Bréfritari: Guðný Jónsdóttir
Viðtakandi: Jón Borgfirðingur
Dagsetning: A-1896-05-28
Skrifað á: Sauðafelli  Dal.
Dóttir Jóns Borgfirðings

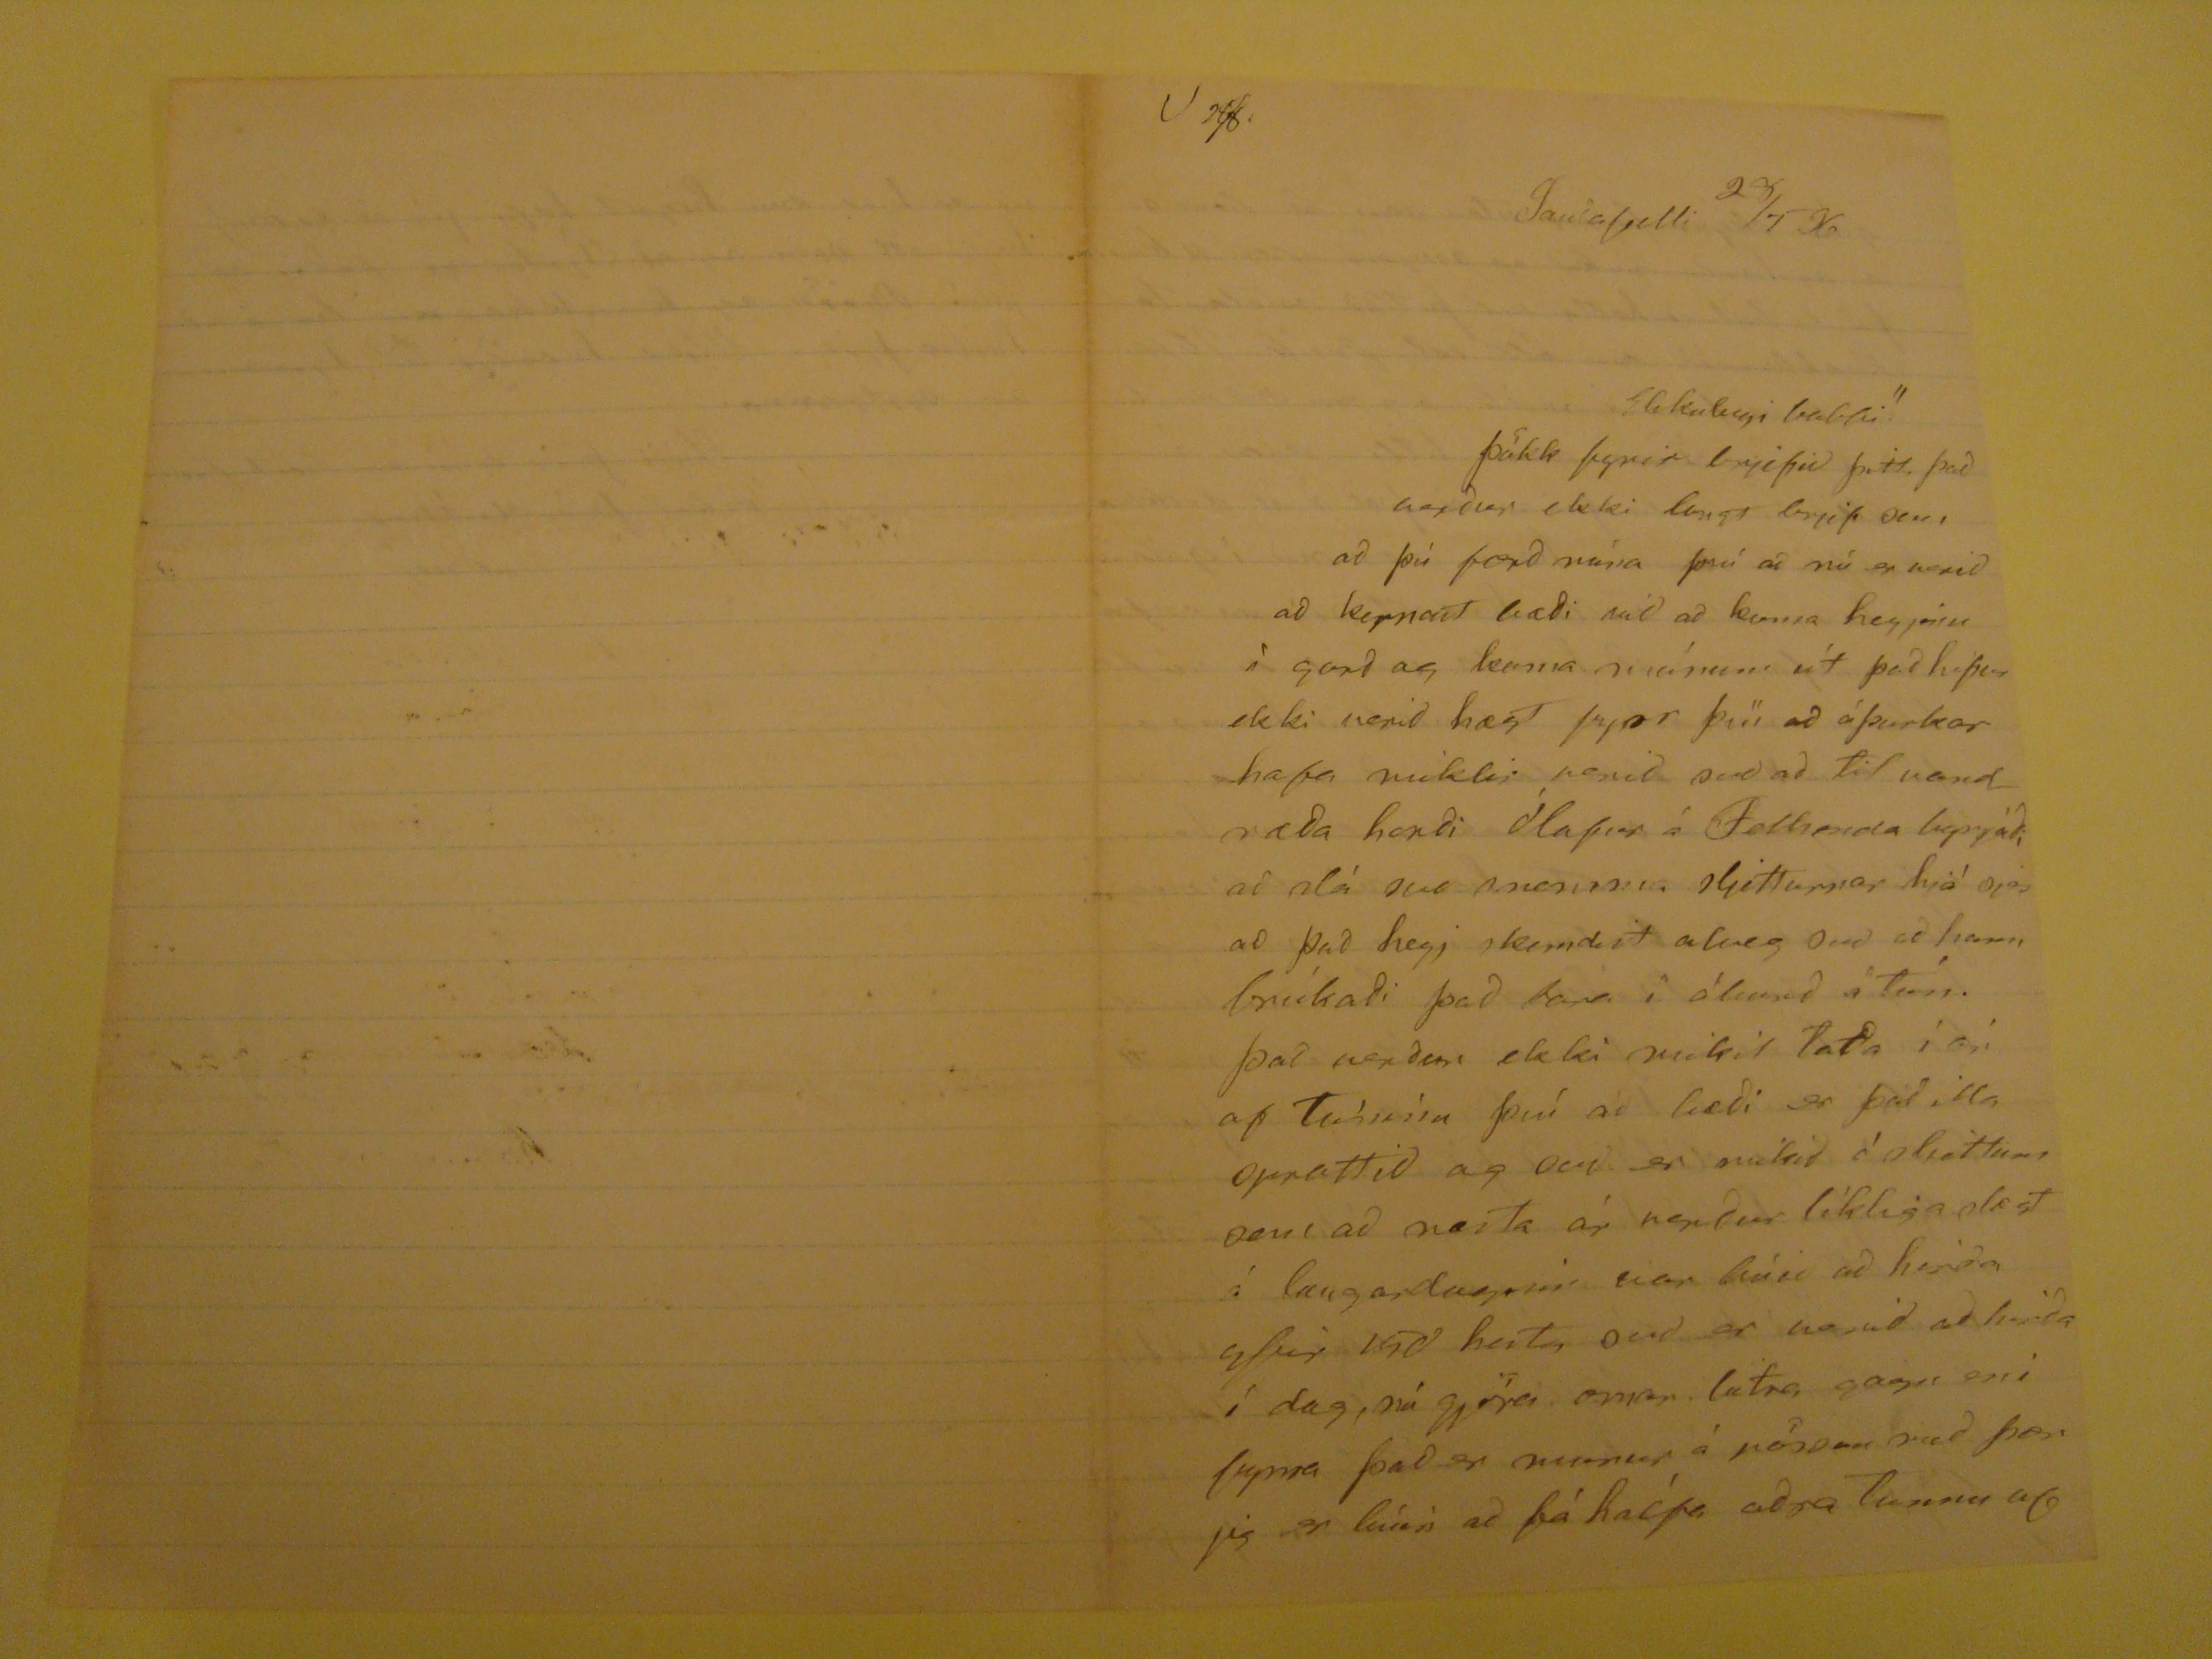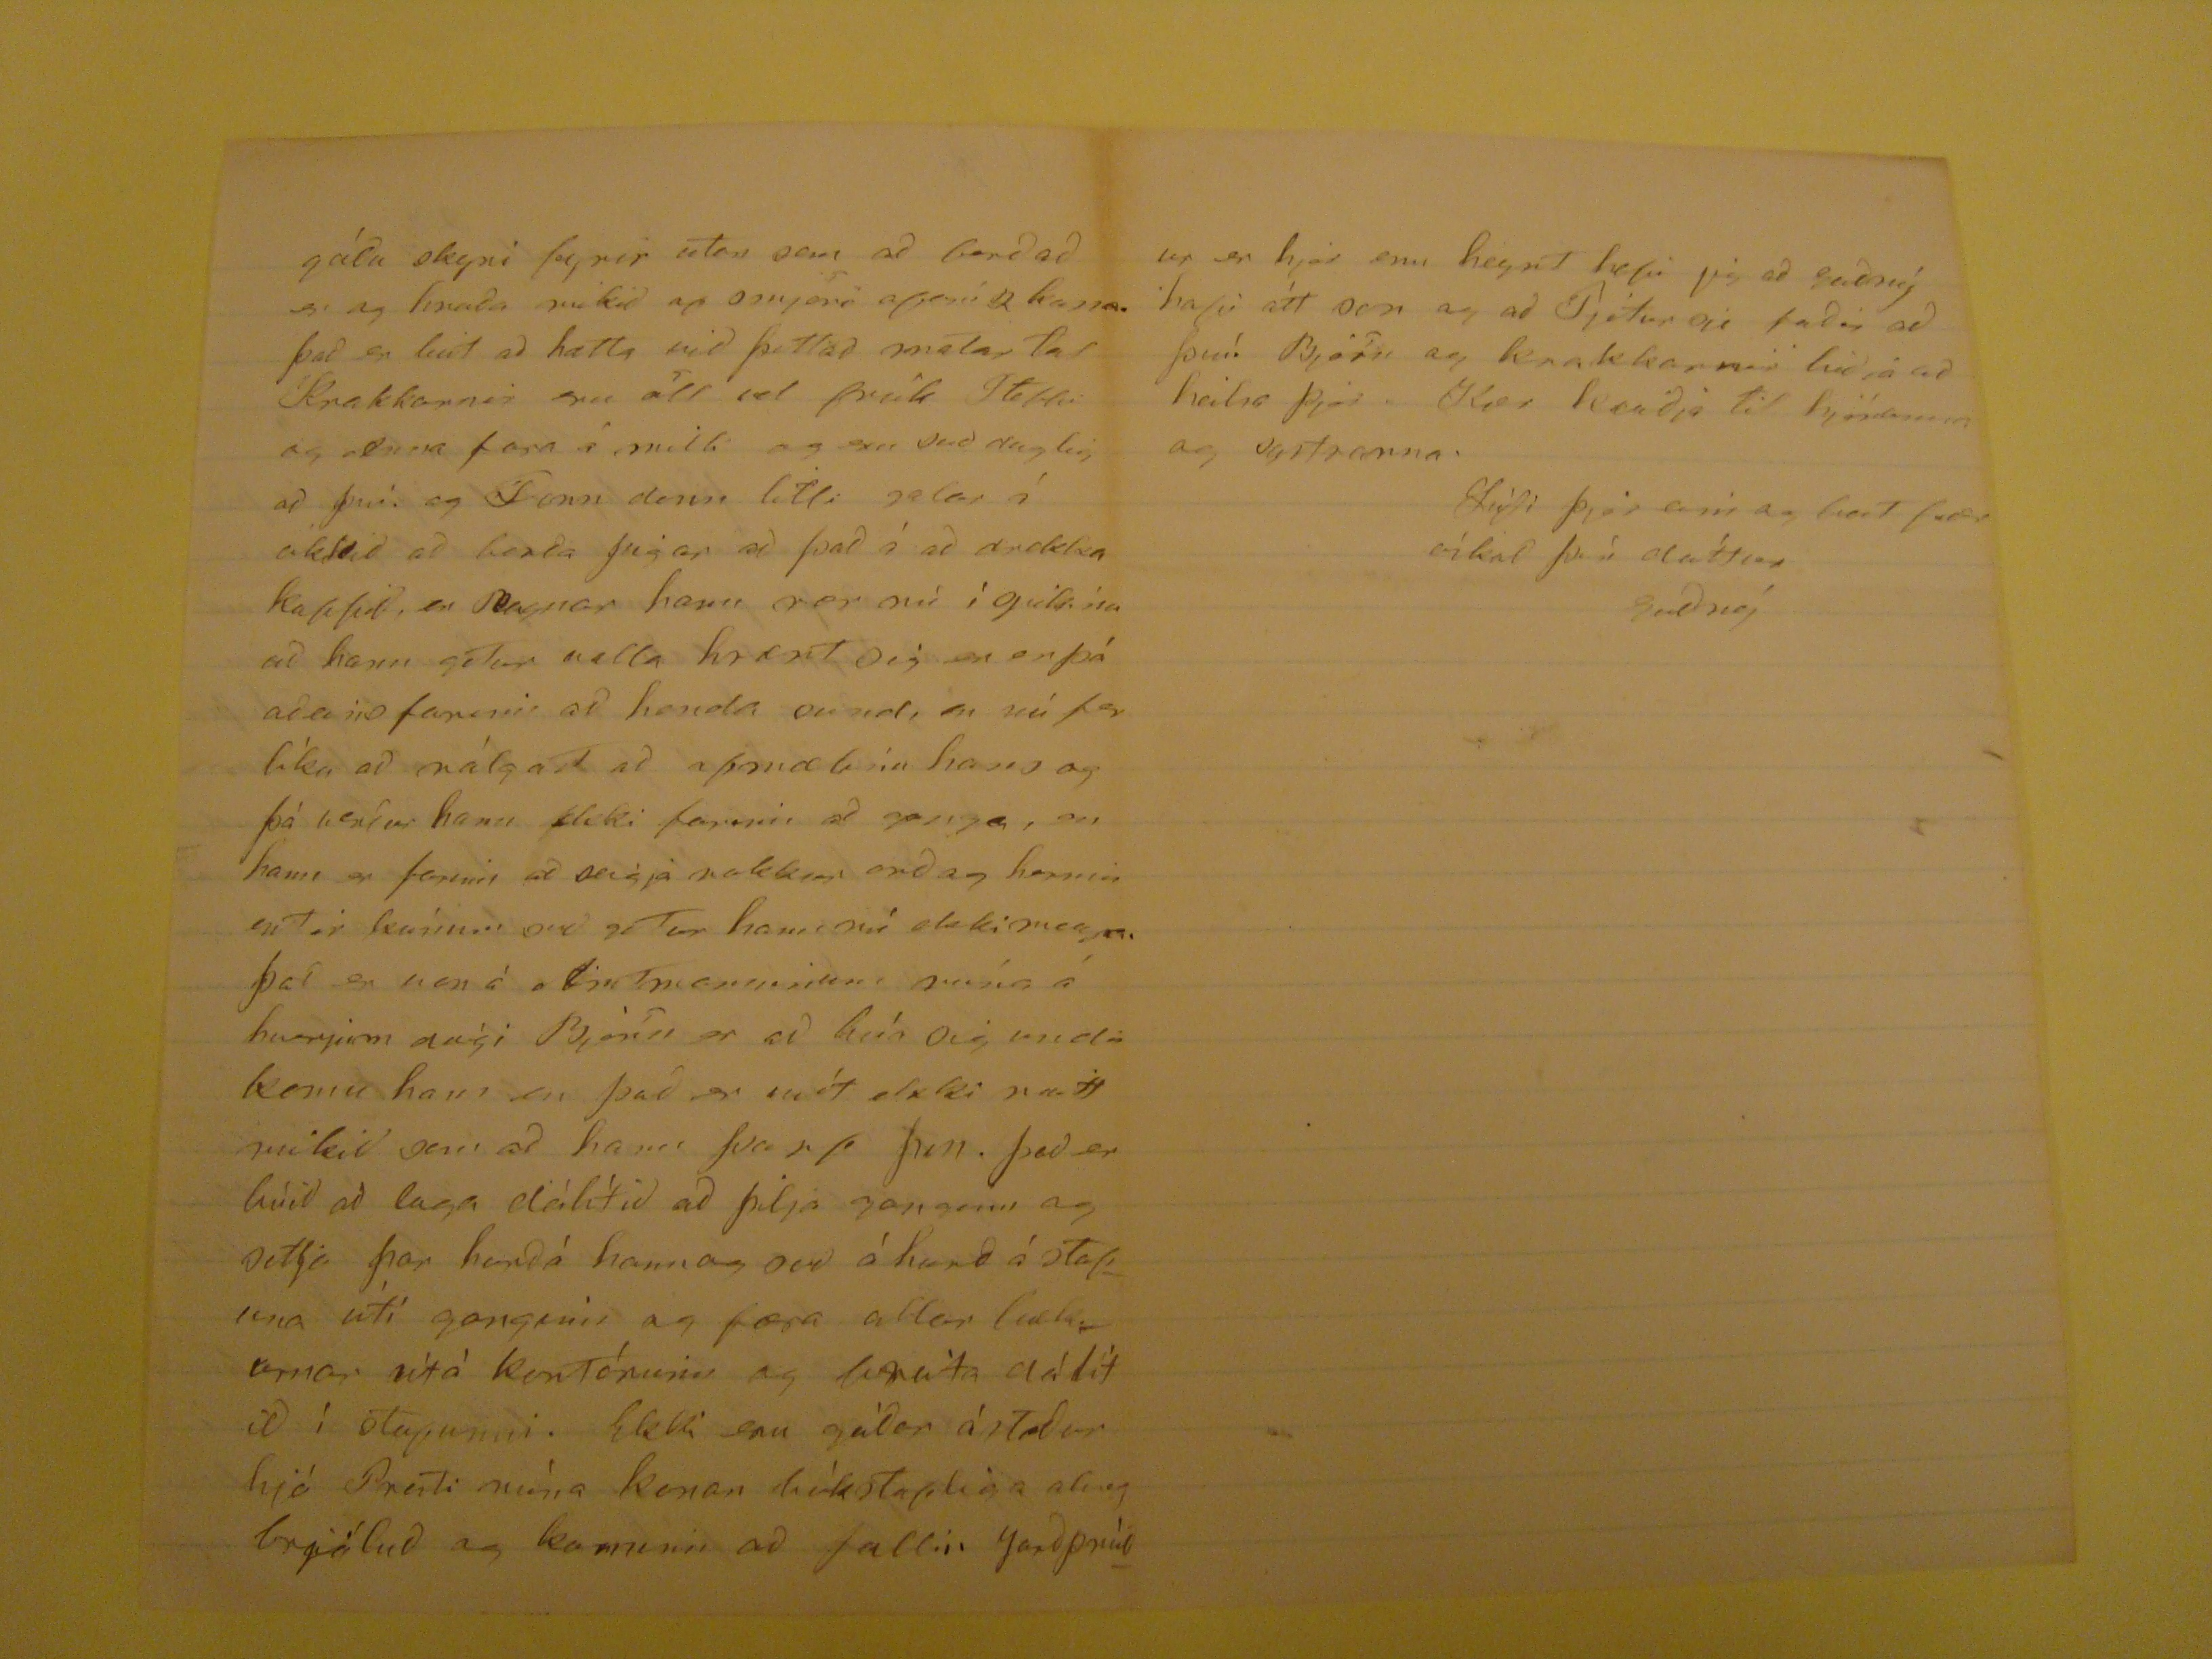

V
28/8.
Sauðafelli 28/5 96
Elskuleigi babbi"
þökk fyrir brjefid þitt. þad verdur ekki langt brjef sem ad þú færð núna því ad nú er verið að kepnast bæði við að koma heyjinu ì garð og koma
mávum
út þad hifur ekki verid hægt hjer því ad óþurkar hafa miklir verid svo ad til vandræða handi Ólafur á Falhenda happráði slá svo mennina sljetturnar hjá sjer ad það heyj skemdist alveg svo ad hann brúkaði þad bara í álund á Túni. þad verður ekki mikið láta í ár af Túninu því að bæði er það illa opattið og svo er mikð í sljettum sem ad næsta ár verður líkliga slagt á laugardaginn var búið búið að hirða aftur við heita svo er noguð að hirða í dag, nú gjöra annar latra gagn en í fyrra þad er munur á jörðum ræð þær jeg er búin ad fá kaipa aðra Tunnu af
gódu skyni fyrir utan sem ad borðað er og hvaða mikið af smjöri
aferí 2 koma
. það er
búið
að hættta við þettað matar far Krakkarnir svo öll vel frísk Stebbi og
aleina
fara á milli og eru svo ruglig að því. og
Jonn dinn
litli galar í
ókkið
að borða þigar að það á að drekka kaffið, en Ragnar hann nær nú í grikkina að hann góðut valla hrært sig en er þá aðeins farnir að henda
sund
, en nú fer lìka að nálgast að afmælínu hans og þá verður han ekki farinn að ganga, en hann er farinn a seigja nokkur orð og honum
entir kvínum
orð getur hann nú eki meira. það er von á
Antmanninum
núna á hverjum deígi Björn er ad búa sig undir komu hans en það er víst ekki neitt mikið sem að hann þarf
hin
. það er búið að laga dálìtið a' þilja ganginn og setja þar handá hanna svo á hand á stafina útí ganginn og og færa alar bækurnar útà kontóninn og
asnáta
dálítid í
stopunni
. Ekki eru gódar ástædur hjá Presti
nùna
konan bókstapliga alveg brjálud og kominn ad fallin gardprúð
ur er hjer enn hegnt hefir jig ad Gudný hafi átt von og ad Pjitur sje fadir ad þín Björn og krakkarnir bidja ad heilsa þjer. Kær kvedja til hjónanna og systranna.
Lídi þjer eins og best fær óskad þín dóttur
Gudný